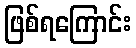
ဖြစ်ရကြောင်း